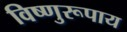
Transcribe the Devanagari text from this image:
विष्णुरूपाय